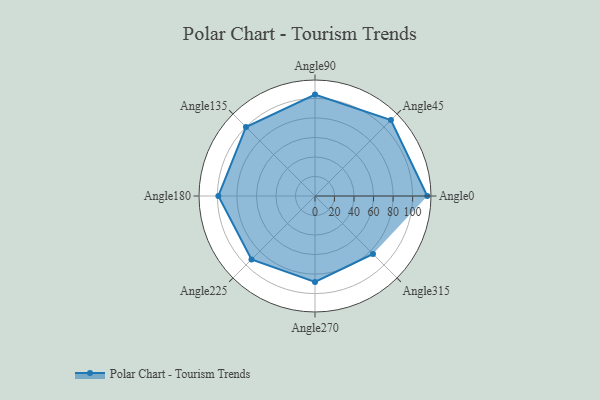
{"axis": {"x": "Angle", "y": "Radius"}, "legend": [""], "data": [{"x": "Angle0", "y": 115.0, "type": ""}, {"x": "Angle45", "y": 110.0, "type": ""}, {"x": "Angle90", "y": 104.0, "type": ""}, {"x": "Angle135", "y": 100.0, "type": ""}, {"x": "Angle180", "y": 99.0, "type": ""}, {"x": "Angle225", "y": 92.0, "type": ""}, {"x": "Angle270", "y": 88.0, "type": ""}, {"x": "Angle315", "y": 84.0, "type": ""}]}